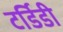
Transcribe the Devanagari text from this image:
टर्डिडी